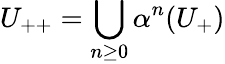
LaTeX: U_{++}=\bigcup_{n\geq 0}\alpha^{n}(U_{+})